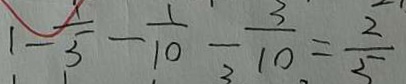
1 - \frac { 1 } { 5 } - \frac { 1 } { 1 0 } - \frac { 3 } { 1 0 } = \frac { 2 } { 5 }